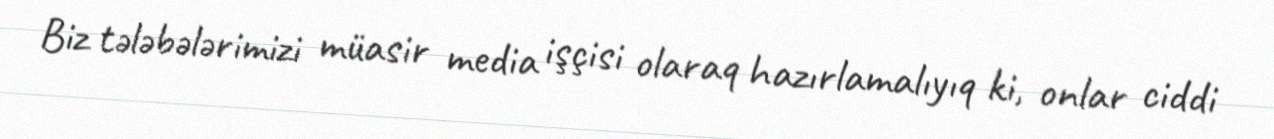
Biz tələbələrimizi müasir media işçisi olaraq hazırlamalıyıq ki, onlar ciddi